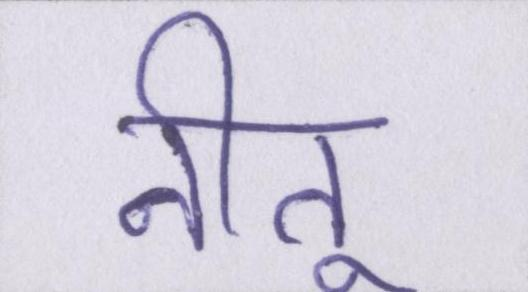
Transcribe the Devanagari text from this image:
नीतू